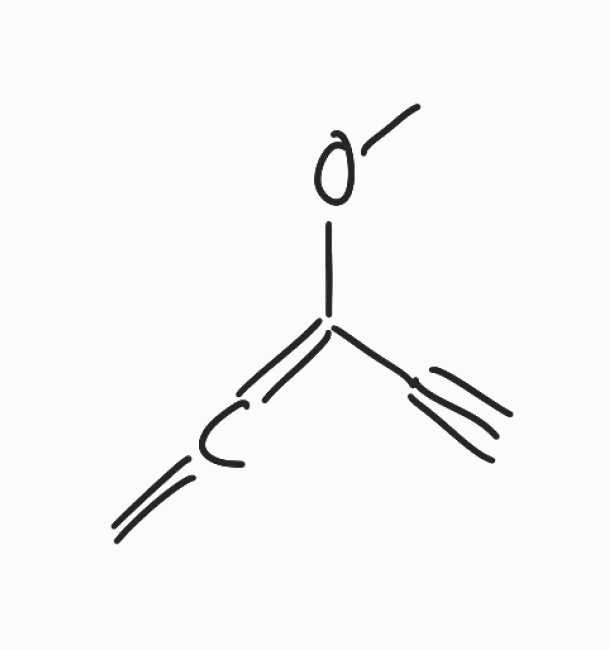
Simplified molecular-input line-entry system (SMILES) notation of the given molecule:
COC(=C=C)C#C